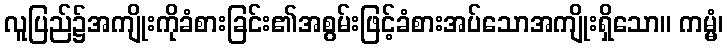
လူပြည်၌အကျိုးကိုခံစားခြင်း၏အစွမ်းဖြင့်ခံစားအပ်သောအကျိုးရှိသော။ ကမ္မံ၊